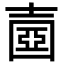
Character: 𡔶